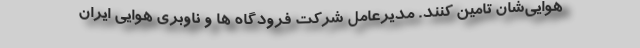
هوایی‌شان تامین کنند. مدیرعامل شرکت فرودگاه ها و ناوبری هوایی ایران